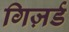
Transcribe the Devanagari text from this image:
गिज़र्ड